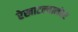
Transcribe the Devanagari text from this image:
रेखाटल्यानंतर